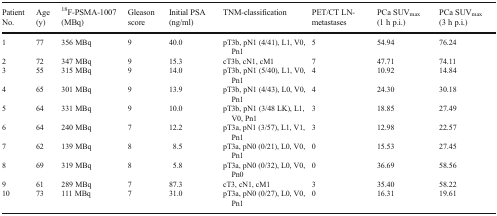
<table><thead><tr><td><b>Patient No.</b></td><td><b>Age (y)</b></td><td><b><sup>18</sup>F-PSMA-1007 (MBq)</b></td><td><b>Gleason score</b></td><td><b>Initial PSA (ng/ml)</b></td><td><b>TNM-classification</b></td><td><b>PET/CT LN-metastases</b></td><td><b>PCa SUV<sub>max</sub> (1 h p.i.)</b></td><td><b>PCa SUV<sub>max</sub> (3 h p.i.)</b></td></tr></thead><tbody><tr><td>1</td><td>77</td><td>356 MBq</td><td>9</td><td>40.0</td><td>pT3b, pN1 (4/41), L1, V0, Pn1</td><td>5</td><td>54.94</td><td>76.24</td></tr><tr><td>2</td><td>72</td><td>347 MBq</td><td>9</td><td>15.3</td><td>cT3b, cN1, cM1</td><td>7</td><td>47.71</td><td>74.11</td></tr><tr><td>3</td><td>55</td><td>315 MBq</td><td>9</td><td>14.0</td><td>pT3b, pN1 (5/40), L1, V0, Pn1</td><td>4</td><td>10.92</td><td>14.84</td></tr><tr><td>4</td><td>65</td><td>301 MBq</td><td>9</td><td>13.9</td><td>pT3b, pN1 (4/43), L0, V0, Pn1</td><td>4</td><td>24.30</td><td>30.18</td></tr><tr><td>5</td><td>64</td><td>331 MBq</td><td>9</td><td>10.0</td><td>pT3b, pN1 (3/48 LK), L1, V0, Pn1</td><td>3</td><td>18.85</td><td>27.49</td></tr><tr><td>6</td><td>64</td><td>240 MBq</td><td>7</td><td>12.2</td><td>pT3a, pN1 (3/57), L1, V1, Pn1</td><td>3</td><td>12.98</td><td>22.57</td></tr><tr><td>7</td><td>62</td><td>139 MBq</td><td>8</td><td>8.5</td><td>pT3a, pN0 (0/21), L0, V0, Pn1</td><td>0</td><td>15.53</td><td>27.45</td></tr><tr><td>8</td><td>69</td><td>319 MBq</td><td>8</td><td>5.8</td><td>pT3a, pN0 (0/32), L0, V0, Pn0</td><td>0</td><td>36.69</td><td>58.56</td></tr><tr><td>9</td><td>61</td><td>289 MBq</td><td>7</td><td>87.3</td><td>cT3, cN1, cM1</td><td>3</td><td>35.40</td><td>58.22</td></tr><tr><td>10</td><td>73</td><td>111 MBq</td><td>7</td><td>31.0</td><td>pT3a, pN0 (0/27), L0, V0, Pn1</td><td>0</td><td>16.31</td><td>19.61</td></tr></tbody></table>